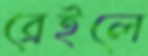
ব্রেইলে